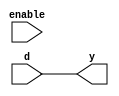
module two_b_b(enable,d, y);
input enable;
input d;
output y;
assign y = d;
assign y = !d;
endmodule